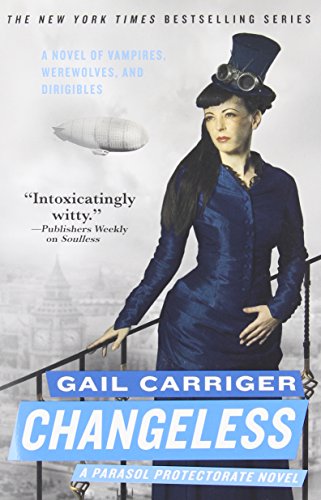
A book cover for Changeless (The Parasol Protectorate); Gail Carriger; Science Fiction & Fantasy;